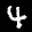
Label: 4